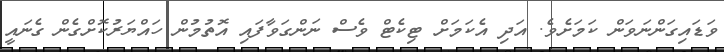
ވަޑައިގަންނަވަން ކަމަށެވެ. އަދި އެކަމަށް ޓިކެޓް ވެސް ނަންްގަވާފައި އޮތުމުން ހައްޔަރުކޮށްގެން ގެނައީ